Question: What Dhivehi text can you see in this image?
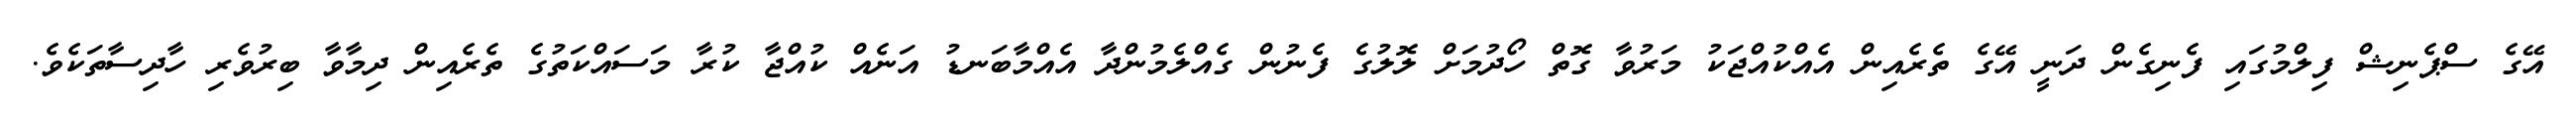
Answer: އޭގެ ސްޕެނިޝް ފިލްމުގައި ފެނިގެން ދަނީ އޭގެ ތެރެއިން އެއްކުއްޖަކު މަރުވާ ގޮތް ހޯދުމަށް ލޮލުގެ ފެނުން ގެއްލެމުންދާ އެއްމާބަނޑު އަނެއް ކުއްޖާ ކުރާ މަސައްކަތުގެ ތެރެއިން ދިމާވާ ބިރުވެރި ހާދިސާތަކެވެ.